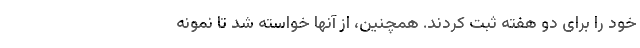
خود را برای دو هفته ثبت کردند. همچنین، از آنها خواسته شد تا نمونه